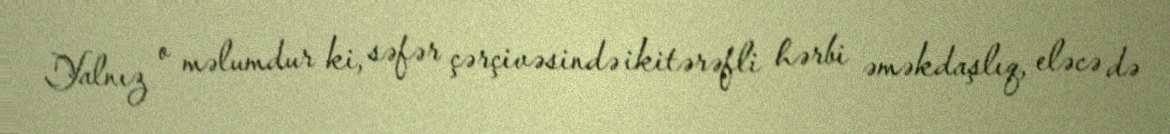
Yalnız o məlumdur ki, səfər çərçivəsində ikitərəfli hərbi əməkdaşlıq, eləcə də